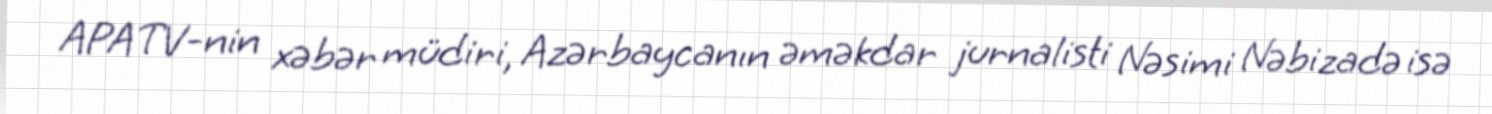
APA TV-nin xəbər müdiri, Azərbaycanın əməkdar jurnalisti Nəsimi Nəbizadə isə